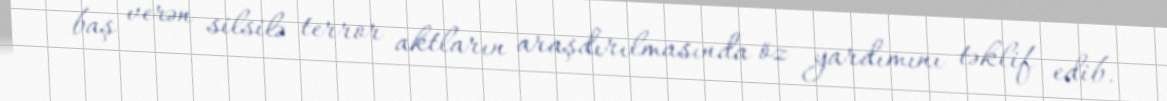
baş verən silsilə terror aktların araşdırılmasında öz yardımını təklif edib.